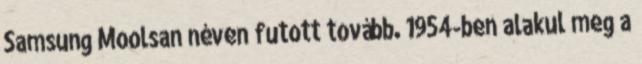
Samsung Moolsan néven futott tovább. 1954-ben alakul meg a